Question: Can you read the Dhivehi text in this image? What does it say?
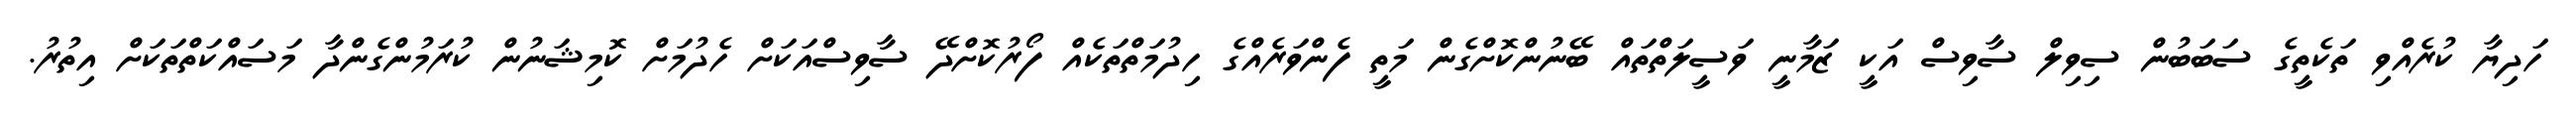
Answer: ހަދިޔާ ކުރެއްވި ތަކެތީގެ ސަބަބުން ސިވިލް ސާވިސް އަކީ ޒަމާނީ ވަސީލަތްތައް ބޭނުންކޮށްގެން މަތީ ފެންވަރެއްގެ ހިދުމަތްތަކެއް ފޯރުކޮށްދޭ ސާވިސްއަކަށް ހެދުމަށް ކޮމިޝަނުން ކުރަމުންގެންދާ މަސައްކަތްތަކަށް އިތުރު.